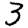
Digit: 3